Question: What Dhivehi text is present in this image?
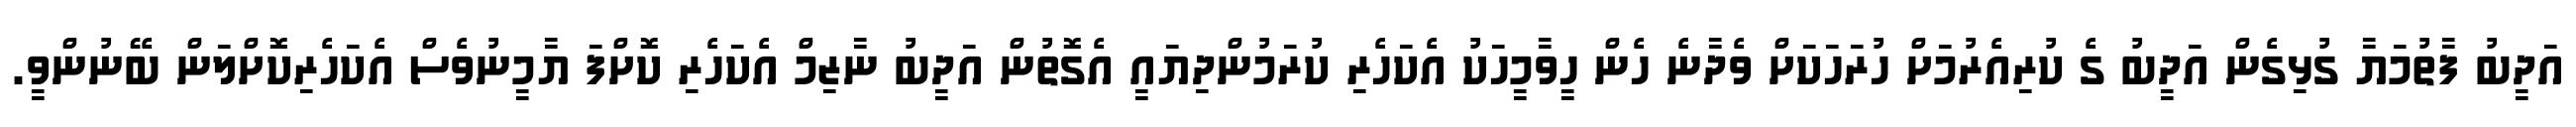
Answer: އަދީބު ފާތުމަޔާ ގުޅިގެން އަދީބު ގެ ކުރިއެރުމަށް ހުރަހަކަށް ވެދާނެ ހެން ހީވާމީހަކު އެކަހެރި ކުރަމުންދިޔައީ އެގޮތުން އަދީބު ނާޒިމް އެކަހެރި ކޮށްފަ ޔާމީނުވެސް އެކަހެރިކޮށްލަން ބޭނުންވީ.